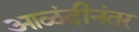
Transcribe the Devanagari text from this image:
आळंदीनंतर